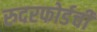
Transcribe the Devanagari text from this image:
रुदरफोर्डची